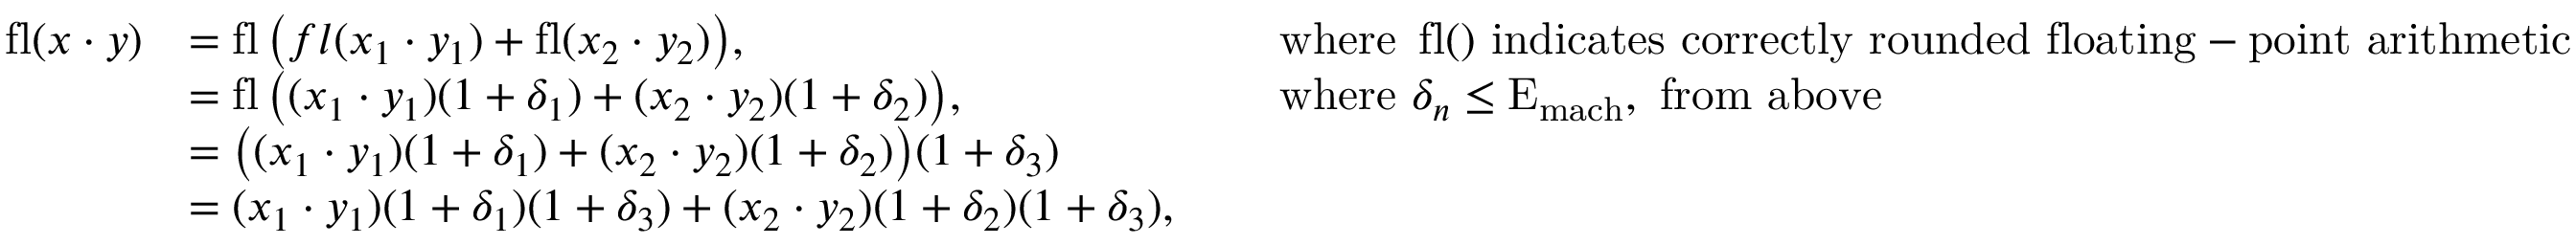
{ \begin{array} { r l r l } { \operatorname { f l } ( x \cdot y ) } & { = \operatorname { f l } { \big ( } f l ( x _ { 1 } \cdot y _ { 1 } ) + \operatorname { f l } ( x _ { 2 } \cdot y _ { 2 } ) { \big ) } , } & & { { \mathrm { ~ w h e r e ~ } } \operatorname { f l } ( ) { \mathrm { ~ i n d i c a t e s ~ c o r r e c t l y ~ r o u n d e d ~ f l o a t i n g - p o i n t ~ a r i t h m e t i c } } } \\ & { = \operatorname { f l } { \big ( } ( x _ { 1 } \cdot y _ { 1 } ) ( 1 + \delta _ { 1 } ) + ( x _ { 2 } \cdot y _ { 2 } ) ( 1 + \delta _ { 2 } ) { \big ) } , } & & { { \mathrm { ~ w h e r e ~ } } \delta _ { n } \leq \mathrm { E } _ { \mathrm { m a c h } } , { \mathrm { ~ f r o m ~ a b o v e } } } \\ & { = { \big ( } ( x _ { 1 } \cdot y _ { 1 } ) ( 1 + \delta _ { 1 } ) + ( x _ { 2 } \cdot y _ { 2 } ) ( 1 + \delta _ { 2 } ) { \big ) } ( 1 + \delta _ { 3 } ) } \\ & { = ( x _ { 1 } \cdot y _ { 1 } ) ( 1 + \delta _ { 1 } ) ( 1 + \delta _ { 3 } ) + ( x _ { 2 } \cdot y _ { 2 } ) ( 1 + \delta _ { 2 } ) ( 1 + \delta _ { 3 } ) , } \end{array} }